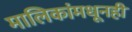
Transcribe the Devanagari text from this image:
मालिकांमधूनही